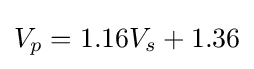
V_{p}=1.16V_{s}+1.36